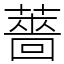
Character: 薔